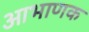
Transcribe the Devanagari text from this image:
आभाणक